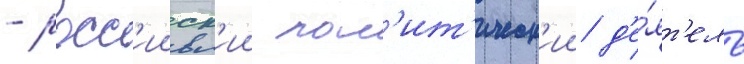
- росс'ииск'ии пол'ит'ическ'ии д'е́ят'ель